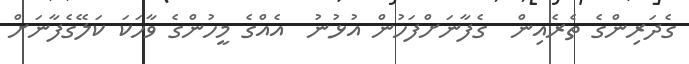
ގެދަރިންގެ ތެރެއިން  ގެފާނަށްފަހުން އުޅުނު  އެއްގެ މީހުންގެ ވާހަކަ ކަލޭގެފާނަށް